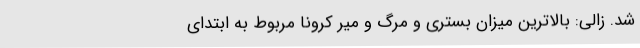
شد. زالی: بالاترین میزان بستری و مرگ و میر کرونا مربوط به ابتدای